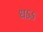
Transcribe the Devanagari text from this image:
धऽऽ